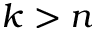
k > n